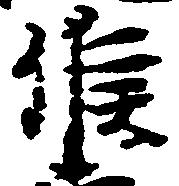
候